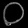
Digit: ၀